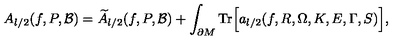
A _ { l / 2 } ( f , P , { \cal B } ) = { \widetilde A } _ { l / 2 } ( f , P , { \cal B } ) + \int _ { \partial M } \mathrm { { T r } } \Bigr [ a _ { l / 2 } ( f , R , \Omega , K , E , \Gamma , S ) \Bigr ] ,